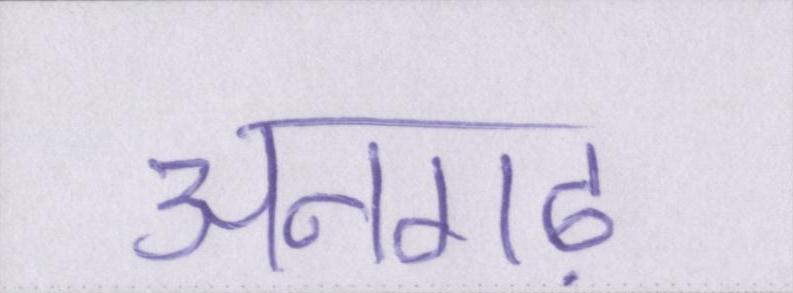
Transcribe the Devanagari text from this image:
अनगढ़